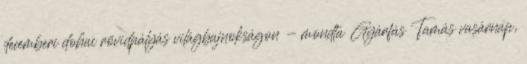
decemberi dohai rövidpályás világbajnokságon - mondta Gyárfás Tamás vasárnap,